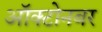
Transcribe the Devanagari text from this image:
ऑक्टोनबर